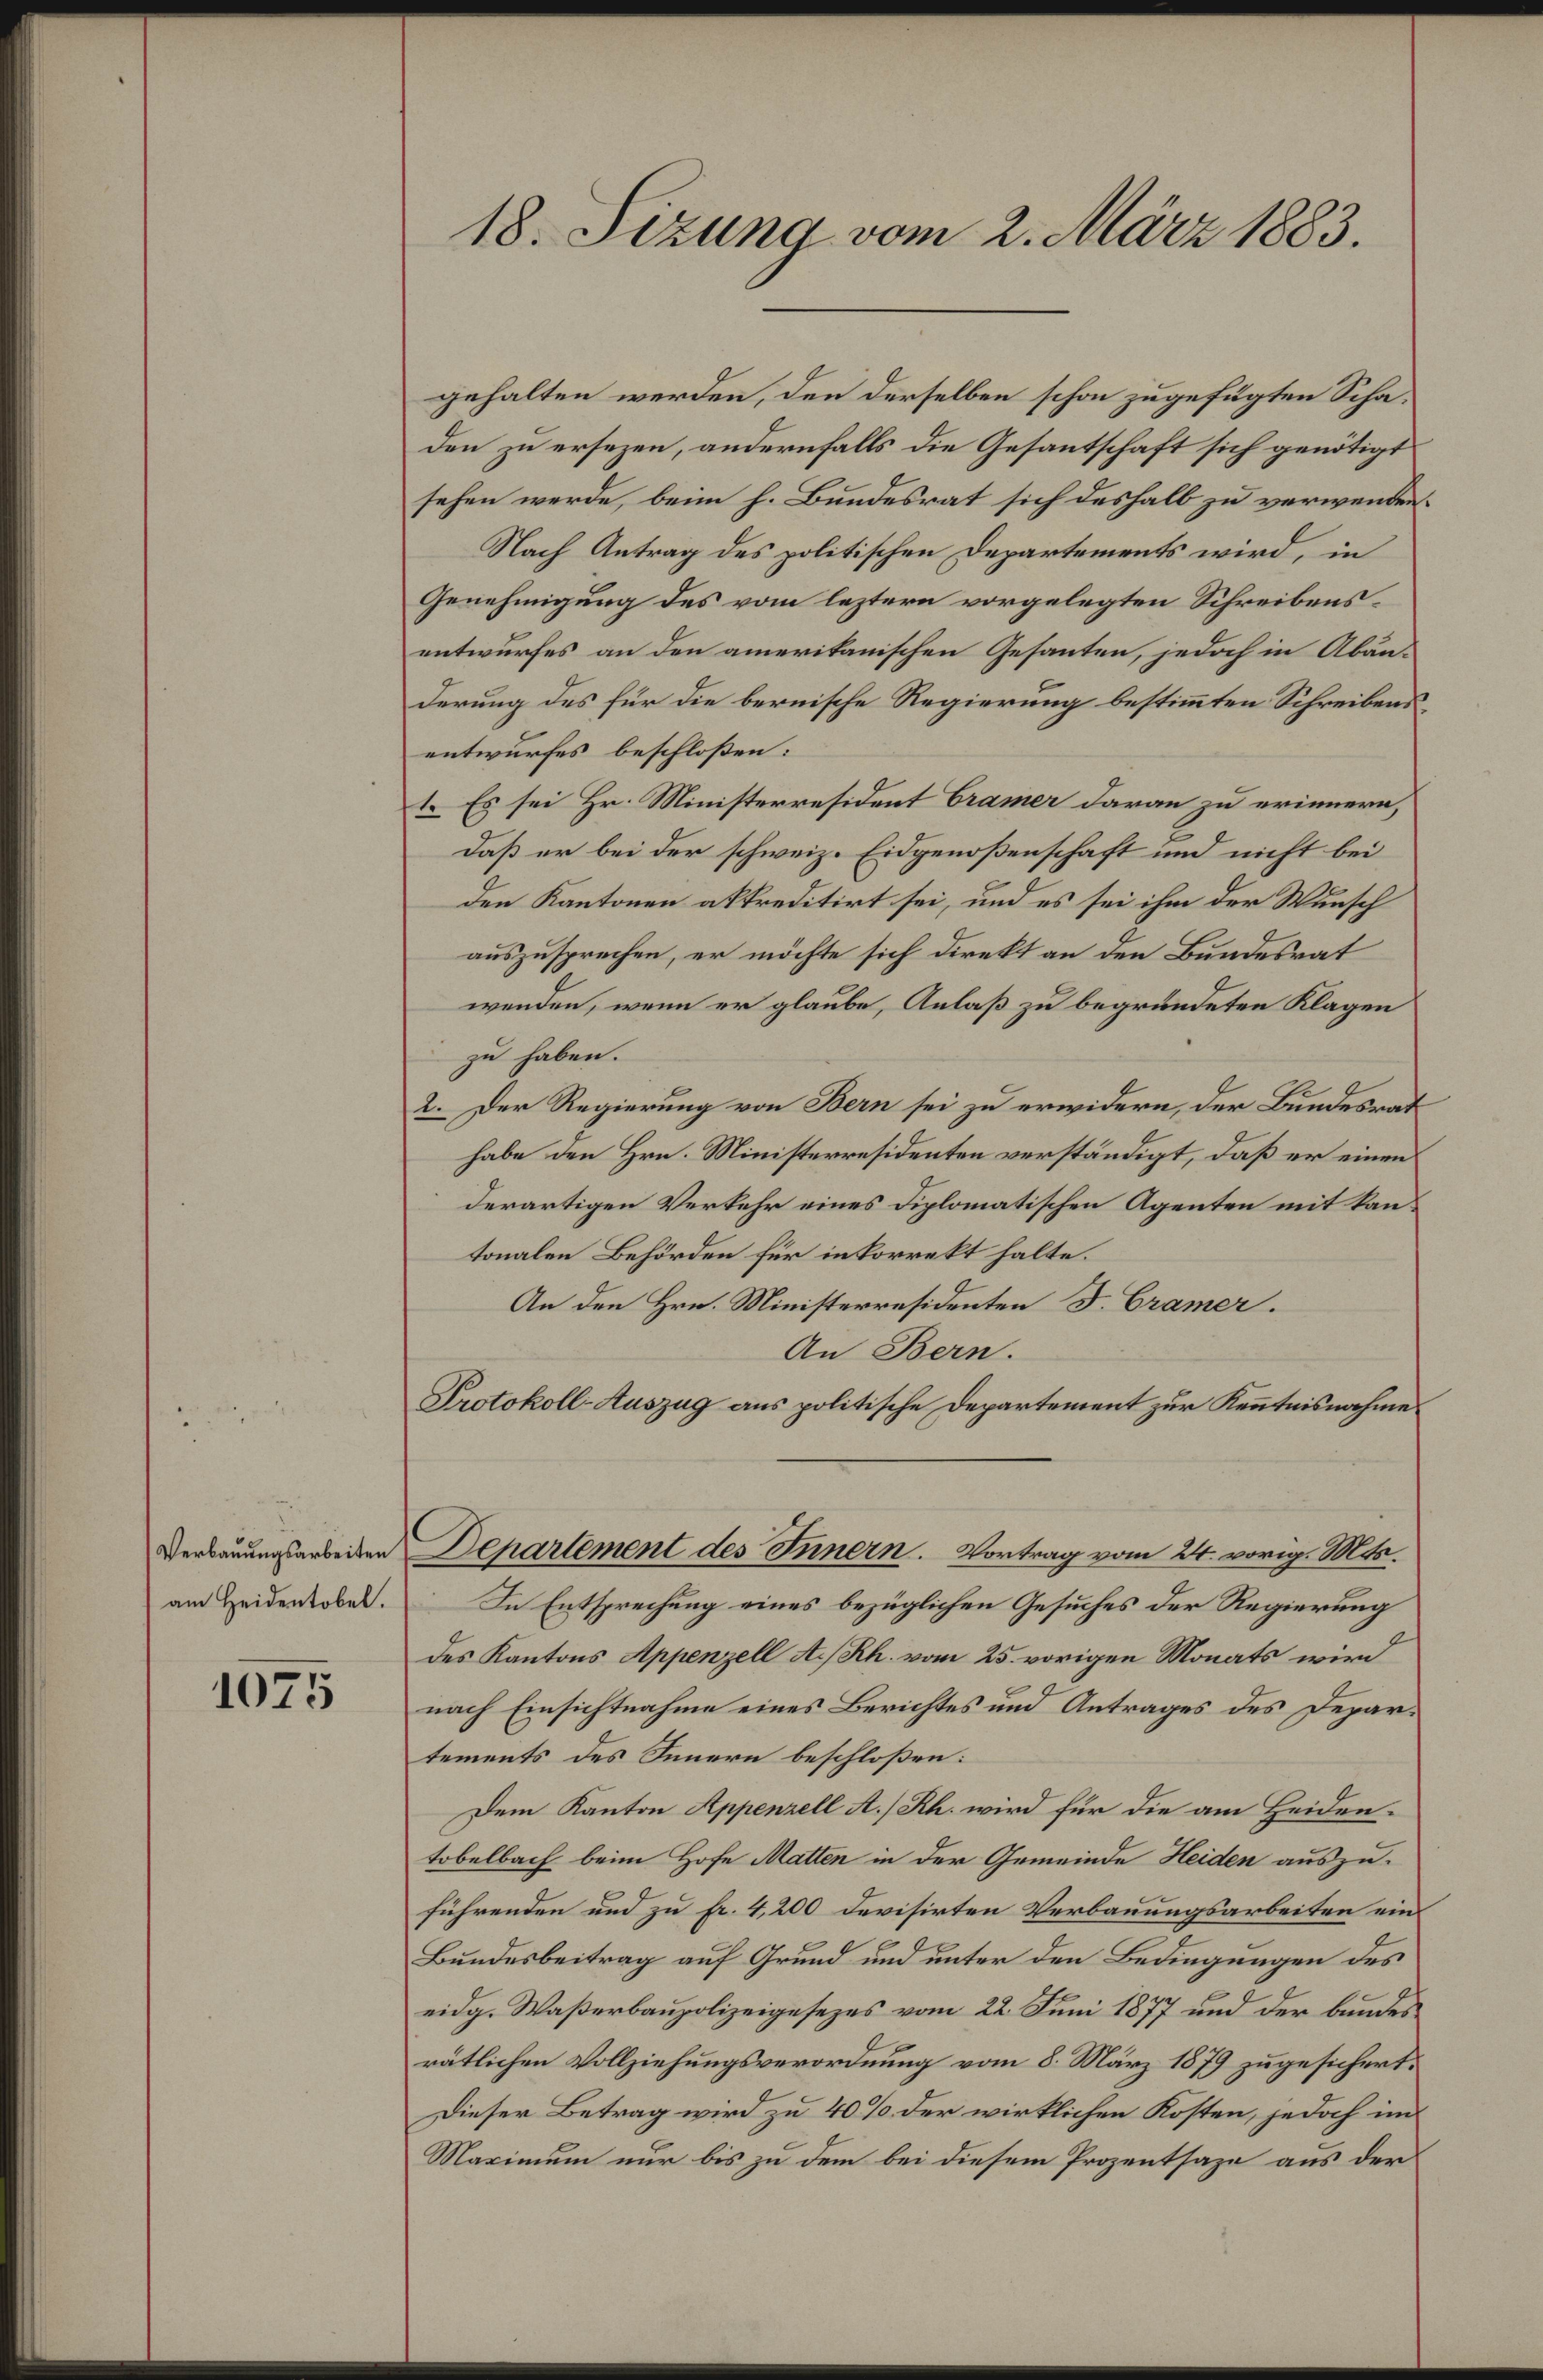
Verbauungsarbeiten
am Heidentobel.

1075

18. Sizung vom 2. März 1883.

gehalten werden, den derselben schon zugefügten Schaden zu ersezen, andernfalls die Gesantschaft sich genötigt
sehen werde, beim h. Bundesrat sich deshalb zu verwenden.
Nach Antrag des politischen Departements wird, in
Genehmigung des vom leztere vorgelegten Schreibensentwurfes an den amerikanischen Gesanten, jedoch in Abänderung des für die bernische Regierung bestimmten Schreibensentwurfes beschloßen:
1. Es sei Hr. Ministerresident Cramer daran zu erinnern,
daß er bei der schweiz. Eidgenoßenschaft und nicht bei
den Kantonen aktreditirt sei, und es sei ihm der Wunsch
auszusprechen, er möchte sich direkt an den Bundesrat
wenden, wenn er glaube, Anlaß zu begründeten Klagen
zu haben.
2. Der Regierung von Bern sei zu erwidern, der Bundesrat
habe den Hrn. Ministerresidenten verständigt, daß er einen
derartigen Verkehr eines Diplomatischen Agenten mit kantonalen Behörden für inkorrekt halte.
An den Hrn. Ministerresidenten F. Cramer.
An Bern.
Protokoll-Auszug aus politische Departement zur Kenntnisnahme
Departement des Innern. Vortrag vom 24. vorig. Mts.
In Entsprechung eines bezüglichen Gesuches der Regierung
des Kantons Appenzell A.Rh. vom 25. vorigen Monats wird
nach Einsichtnahme eines Berichtes und Antrages des Departements des Innern beschloßen:
Dem Kanton Appenzell A/Rh. wird für die am Heidentobelbach beim Hofe Matten in der Gemeinde Heiden auszuführenden und zu fr. 4,200 devisirten Verbauungsarbeiten ein¬
Bundesbeitrag auf Grund und unter den Bedingungen des
eidg. Waßerbaupolizeigesezes vom 22. Juni 1877 und der bundes
rätlichen Vollziehungsverordnung vom 8. März 1879 zugesichert.
Dieser Betrag wird zu 40% der wirklichen Kosten, jedoch im
Maximum nur bis zu dem bei diesem Prozentsage aus der